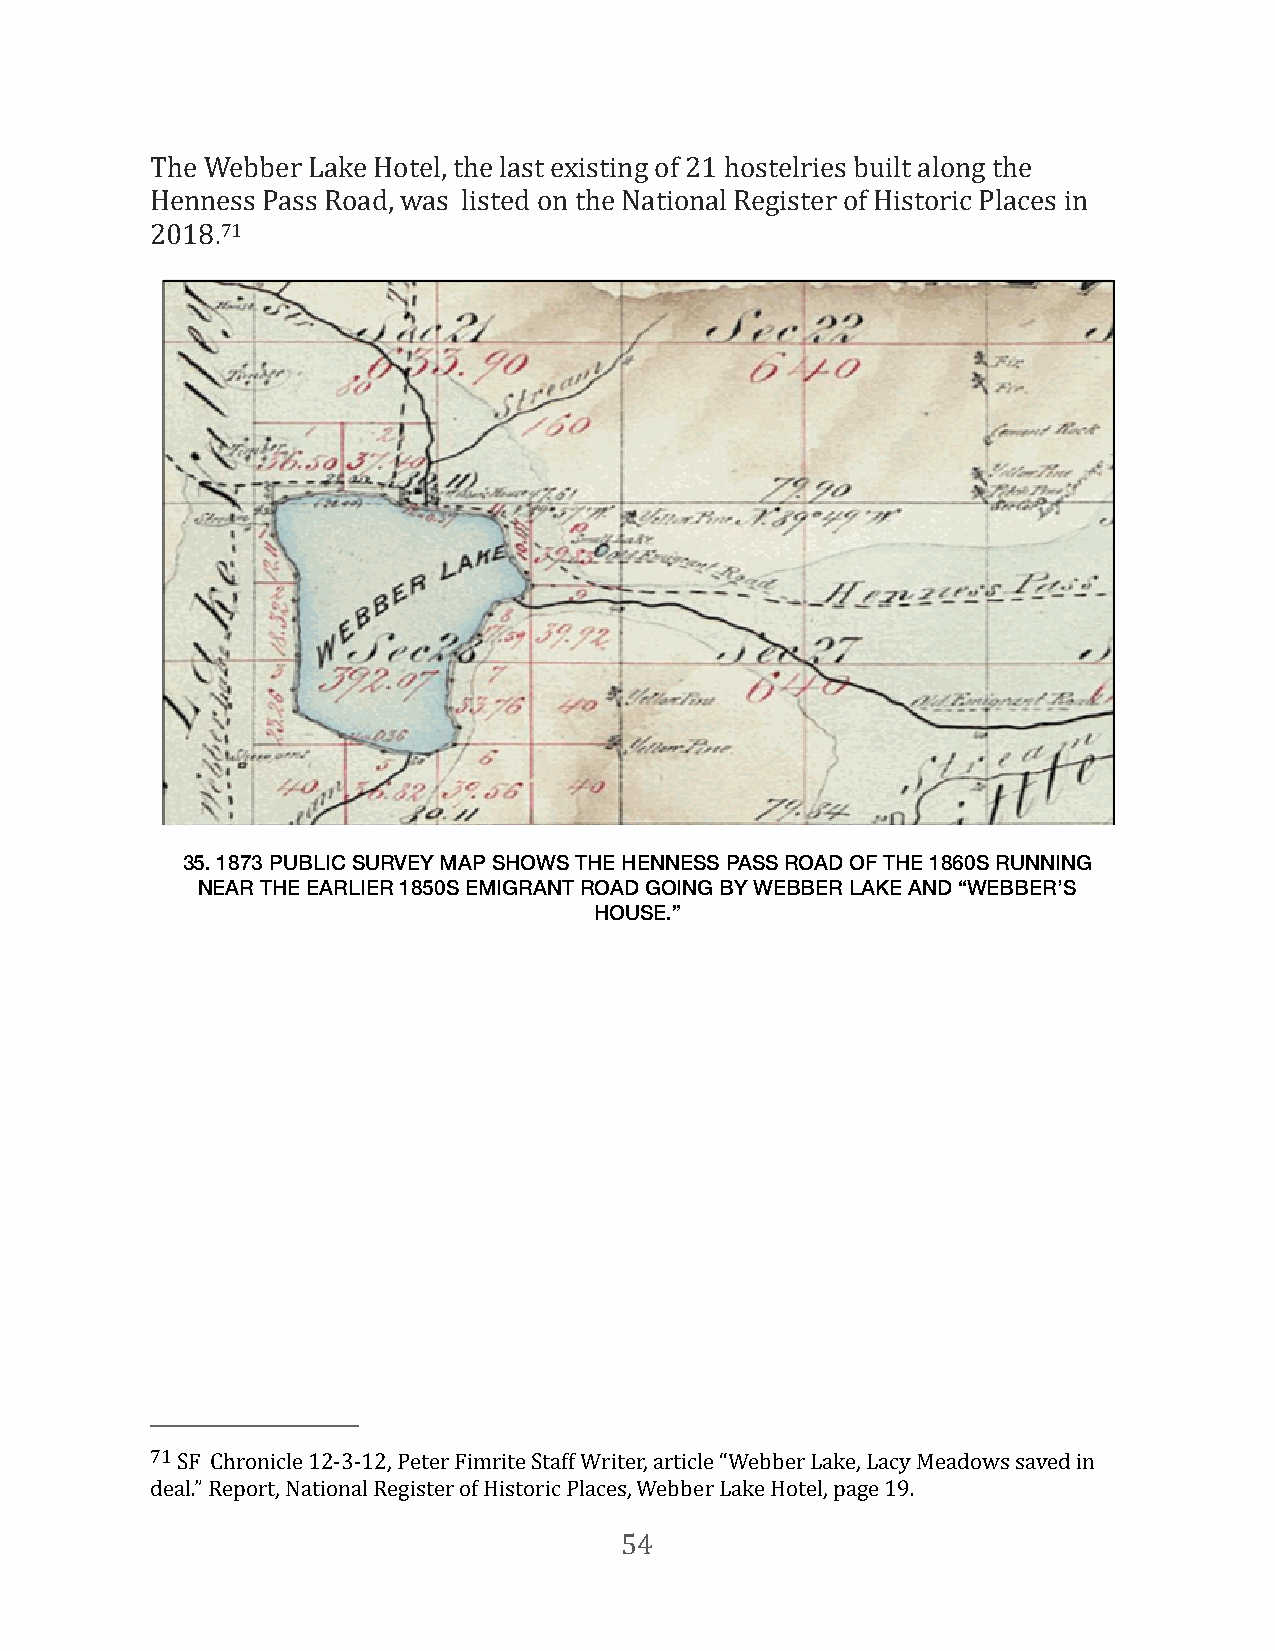
The Webber Lake Hotel, the last existing of 21 hostelries built along the
 Henness Pass Road, was listed on the National Register of Historic Places in
 2018.71
 35. 1873 PUBLIC SURVEY MAP SHOWS THE HENNESS PASS ROAD OF THE 1860S RUNNING
 NEAR THE EARLIER 1850S EMIGRANT ROAD GOING BY WEBBER LAKE AND “WEBBER’S
 HOUSE.”
 71 SF Chronicle 12-3-12, Peter Fimrite Staff Writer, article “Webber Lake, Lacy Meadows saved in
 deal.” Report, National Register of Historic Places, Webber Lake Hotel, page 19.
 54